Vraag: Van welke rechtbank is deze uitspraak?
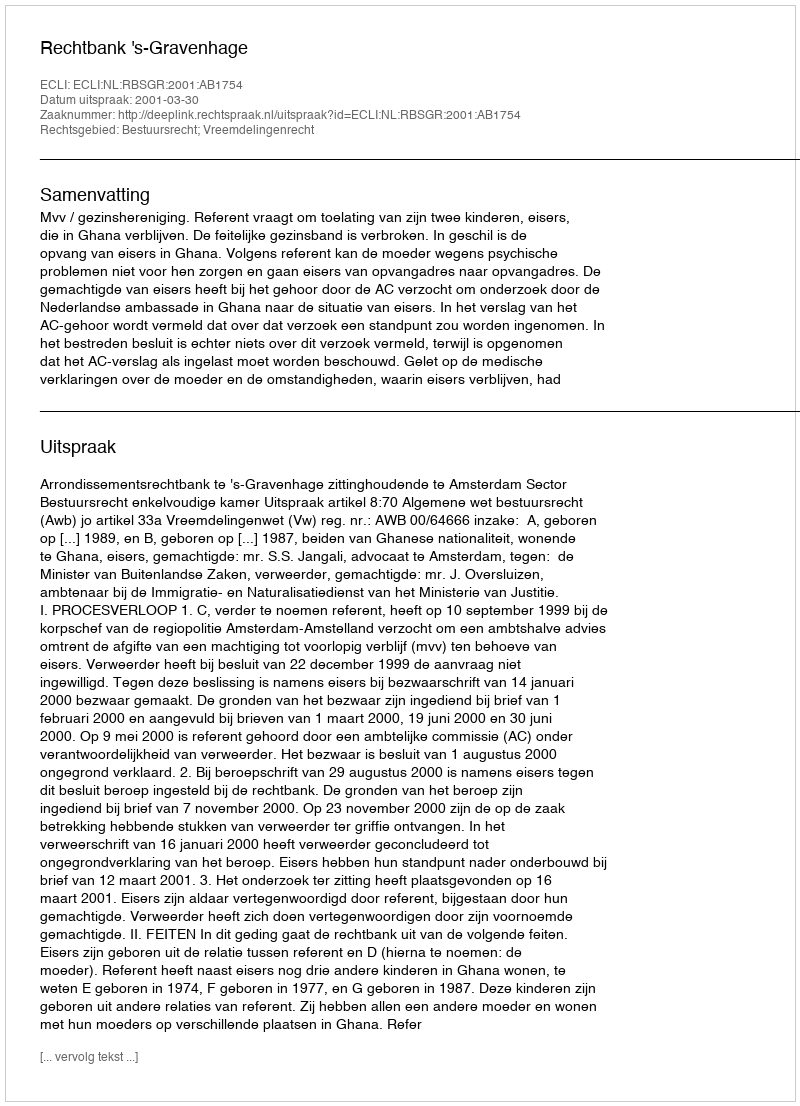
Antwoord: Rechtbank 's-Gravenhage